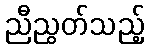
ညီညွတ်သည့်